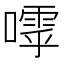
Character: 𡀛